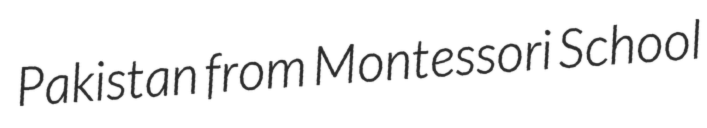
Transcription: Pakistan from Montessori School